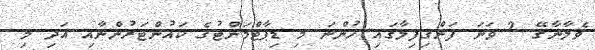
ވެލާނާގޭ 2 ވަނަ ފަންގިފިލާގައި ހުންނަ މި ޑިޕާޓްމަންޓުގެ ކައުންޓަރުންނާއި އަދި މި